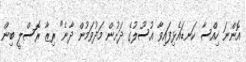
އޮންނަ ހިއްސާ ކަނޑައެޅިފައިވާ އުސޫލުގެ ދަށުން މަދުވަމުން ދާނެ" ރިޒާ ރޮސްލީ ބިން